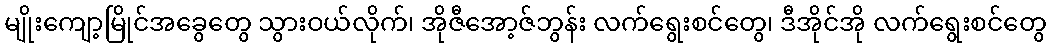
မျိုးကျော့မြိုင်အခွေတွေ သွားဝယ်လိုက်၊ အိုဇီအော့ဇ်ဘွန်း လက်ရွေးစင်တွေ၊ ဒီအိုင်အို လက်ရွေးစင်တွေ